Scottish Leaving Certificate Examination, 1957
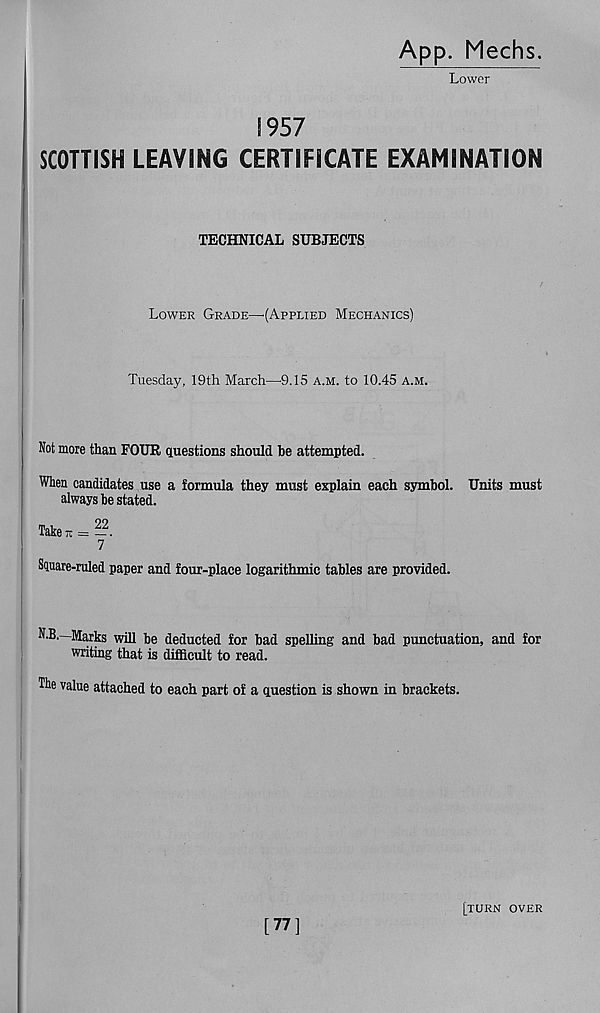
App. Mechs.
Lower
1957
SCOTTISH LEAVING CERTIFICATE EXAMINATION
TECHNICAL SUBJECTS
Lower Grade—'(Applied Mechanics)
Tuesday, 19th March—9.15 a.m. to 10.45 a.m.
Not more than FOUR questions should be attempted.
When candidates use a formula they must explain each symbol. Units must
always be stated.
Taken = —.
7
Square-ruled paper and four-place logarithmic tables are provided.
N.B.—Marks will be deducted for bad spelling and bad punctuation, and for
writing that is difficult to read.
The value attached to each part of a question is shown in brackets.
[77]
[turn over